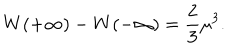
W ( + \infty ) - W ( - \infty ) = { \frac { 2 } { 3 } } \mu ^ { 3 } .